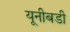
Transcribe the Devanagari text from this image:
यूनीबडी